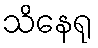
သိနေရု